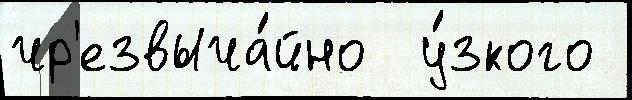
чр'езвыча́йно  у́зкого